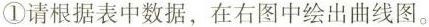
①请根据表中数据，在右图中绘出曲线图。